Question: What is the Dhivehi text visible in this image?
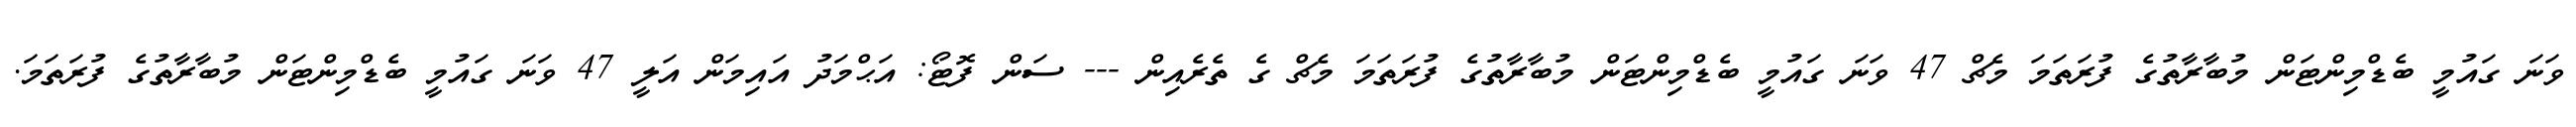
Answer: ވަނަ ގައުމީ ބެޑްމިންޓަން މުބާރާތުގެ ފުރަތަމަ މެޗް 47 ވަނަ ގައުމީ ބެޑްމިންޓަން މުބާރާތުގެ ފުރަތަމަ މެޗް ގެ ތެރެއިން --- ސަން ފޮޓޯ: އަޙްމަދު އައިމަން އަލީ 47 ވަނަ ގައުމީ ބެޑްމިންޓަން މުބާރާތުގެ ފުރަތަމަ.